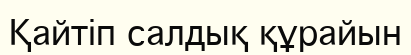
Қайтіп салдық құрайын